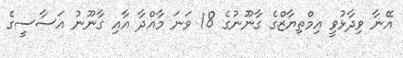
އޭނާ ވިދާޅުވީ އިމްތިޔާޒްގެ ގާނޫނުގެ 18 ވަނަ މާއްދާ އާއި ގާނޫނު އަސާސީގެ